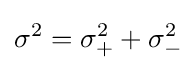
\sigma ^{2}=\sigma _{+}^{2}+\sigma _{-}^{2}